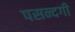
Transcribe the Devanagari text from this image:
पसन्दगी